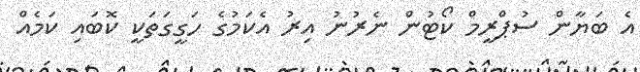
އެ ބަޔާން ސުޕްރީމް ކޯޓުން ނެރުނު އިރު އެކަމުގެ ހަގީގަތަކީ ކޮބައި ކަމެއް